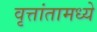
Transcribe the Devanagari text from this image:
वृत्तांतामध्ये